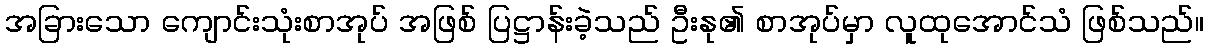
အခြားသော ကျောင်းသုံးစာအုပ် အဖြစ် ပြဋ္ဌာန်းခဲ့သည် ဦးနု၏ စာအုပ်မှာ လူထုအောင်သံ ဖြစ်သည်။